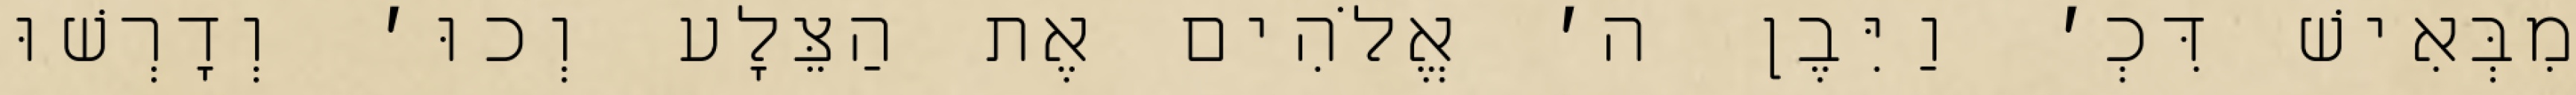
מִבְּאִישׁ דִּכְ׳ וַיִּבֶן ה׳ אֱלֹהִים אֶת הַצֵּלָע וְכוּ׳ וְדָרְשׁוּ